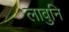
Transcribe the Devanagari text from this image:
लावुनि